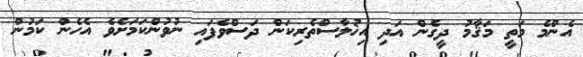
އެންމެ މަތީ މަޤާމު ދީގެން އަދި އިޚުލާސްތެރިކަން ދަސްވެފައި ނުވުންކަމަށެވެ އެހެން ކަމުން